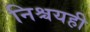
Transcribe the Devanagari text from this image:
निश्चयही